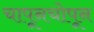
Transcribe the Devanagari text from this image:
चापूनचोपून